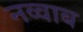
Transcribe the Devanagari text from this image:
नव्वाब